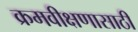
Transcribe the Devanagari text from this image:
क्रमवीक्षणासाठी